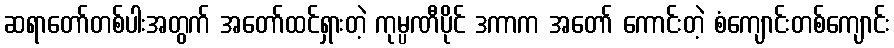
ဆရာတော်တစ်ပါးအတွက် အတော်ထင်ရှားတဲ့ ကုမ္ပဏီပိုင် ဒကာက အတော် ကောင်းတဲ့ စံကျောင်းတစ်ကျောင်း